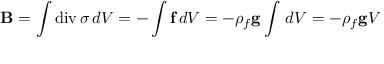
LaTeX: \mathbf { B } = \int \operatorname { d i v } \sigma \, d V = - \int \mathbf { f } \, d V = - \rho _ { f } \mathbf { g } \int \, d V = - \rho _ { f } \mathbf { g } V